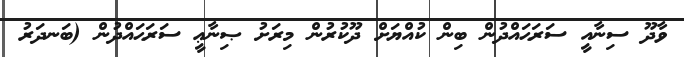
ވާދޫ ސިނާއީ ސަރަޙައްދުން ބިން ކުއްޔަށް ދޫކުރުން މިރަށު ޞިނާޢީ ސަރަޙައްދުން (ބަނދަރު